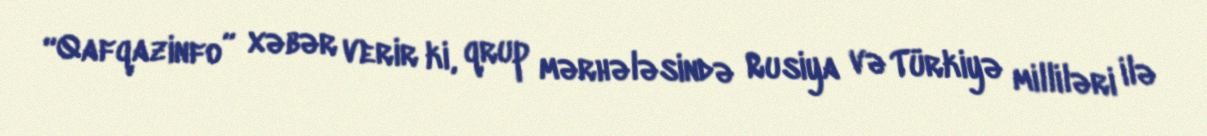
“Qafqazinfo” xəbər verir ki, qrup mərhələsində Rusiya və Türkiyə milliləri ilə